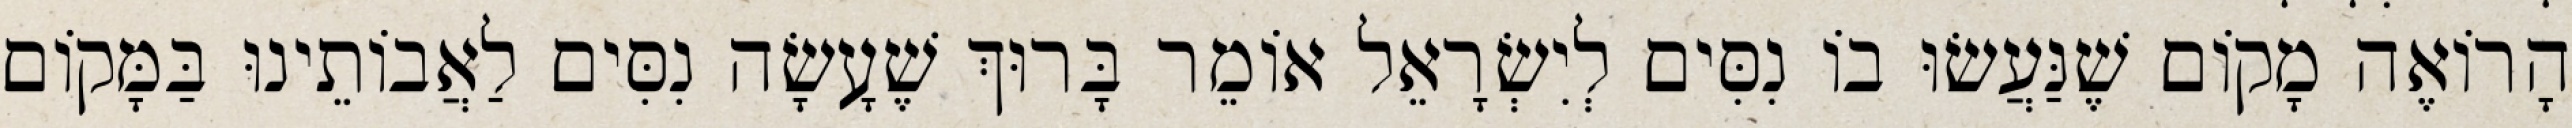
הָרוֹאֶה מָקוֹם שֶׁנַּעֲשׂוּ בוֹ נִסִּים לְיִשְׂרָאֵל אוֹמֵר בָּרוּךְ שֶׁעָשָׂה נִסִּים לַאֲבוֹתֵינוּ בַּמָּקוֹם